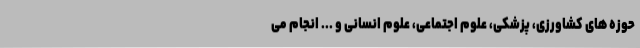
حوزه های کشاورزی، پزشکی، علوم اجتماعی، علوم انسانی و ... انجام می